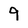
Character: 9